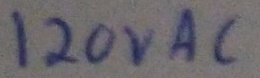
Text: 120VAC